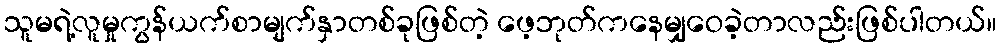
သူမရဲ့လူမှုကွန်ယက်စာမျက်နှာတစ်ခုဖြစ်တဲ့ ဖေ့ဘုတ်ကနေမျှဝေခဲ့တာလည်းဖြစ်ပါတယ်။